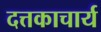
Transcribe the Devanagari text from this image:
दत्तकाचार्य